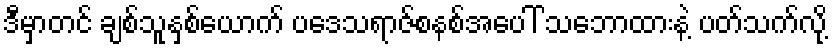
ဒီမှာတင် ချစ်သူနှစ်ယောက် ပဒေသရာဇ်စနစ်အပေါ် သဘောထားနဲ့ ပတ်သက်လို့